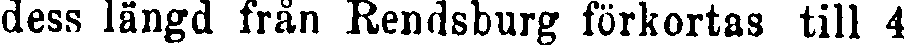
dess längd från Rendsburg förkortas till 4